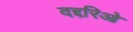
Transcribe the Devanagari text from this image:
दद्दरिओ